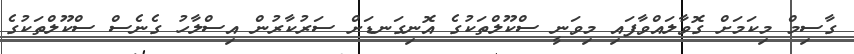
ގާސިމް މިކަމަށް ގޮވާލައްވާފައި މިވަނީ ސްކޫލްތަކުގެ އޮނިގަނޑަށް ސަރުކާރުން އިސްލާހު ގެނެސް ސްކޫލްތަކުގެ